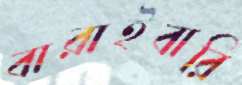
বারাইবারি